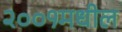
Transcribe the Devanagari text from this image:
२००१मधील